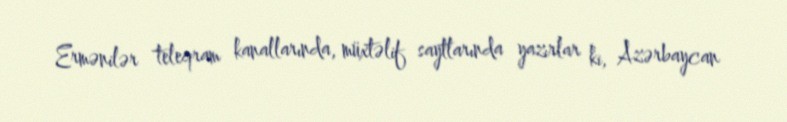
Ermənilər teleqram kanallarında, müxtəlif saytlarında yazırlar ki, Azərbaycan